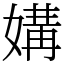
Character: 媾